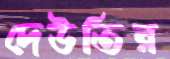
দেউতির